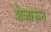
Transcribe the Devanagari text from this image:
शेजारून